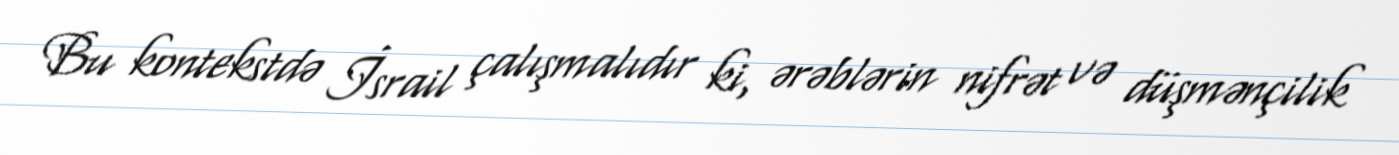
Bu kontekstdə İsrail çalışmalıdır ki, ərəblərin nifrət və düşmənçilik